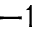
^ { - 1 }